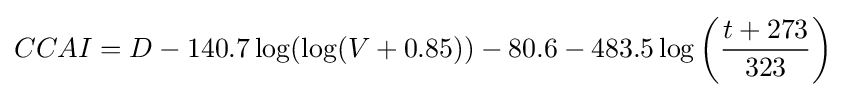
CCAI=D-140.7\log(\log(V+0.85))-80.6-483.5\log \left({\frac {t+273}{323}}\right)